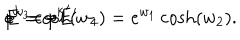
LaTeX: E = - E ^ { \prime } \hspace { 0 . 5 c m } p ^ { k } = { p ^ { k } } ^ { \prime } \hspace { 0 . 5 c m } e ^ { w _ { 3 } } \cosh ( w _ { 4 } ) = e ^ { w _ { 1 } } \cosh ( w _ { 2 } ) .